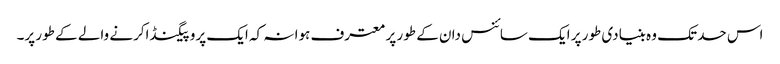
اس حد تک وہ بنیادی طور پر ایک سائنس دان کے طور پر معترف ہوا نہ کہ ایک پروپیگنڈاکرنے والے کے طور پر۔